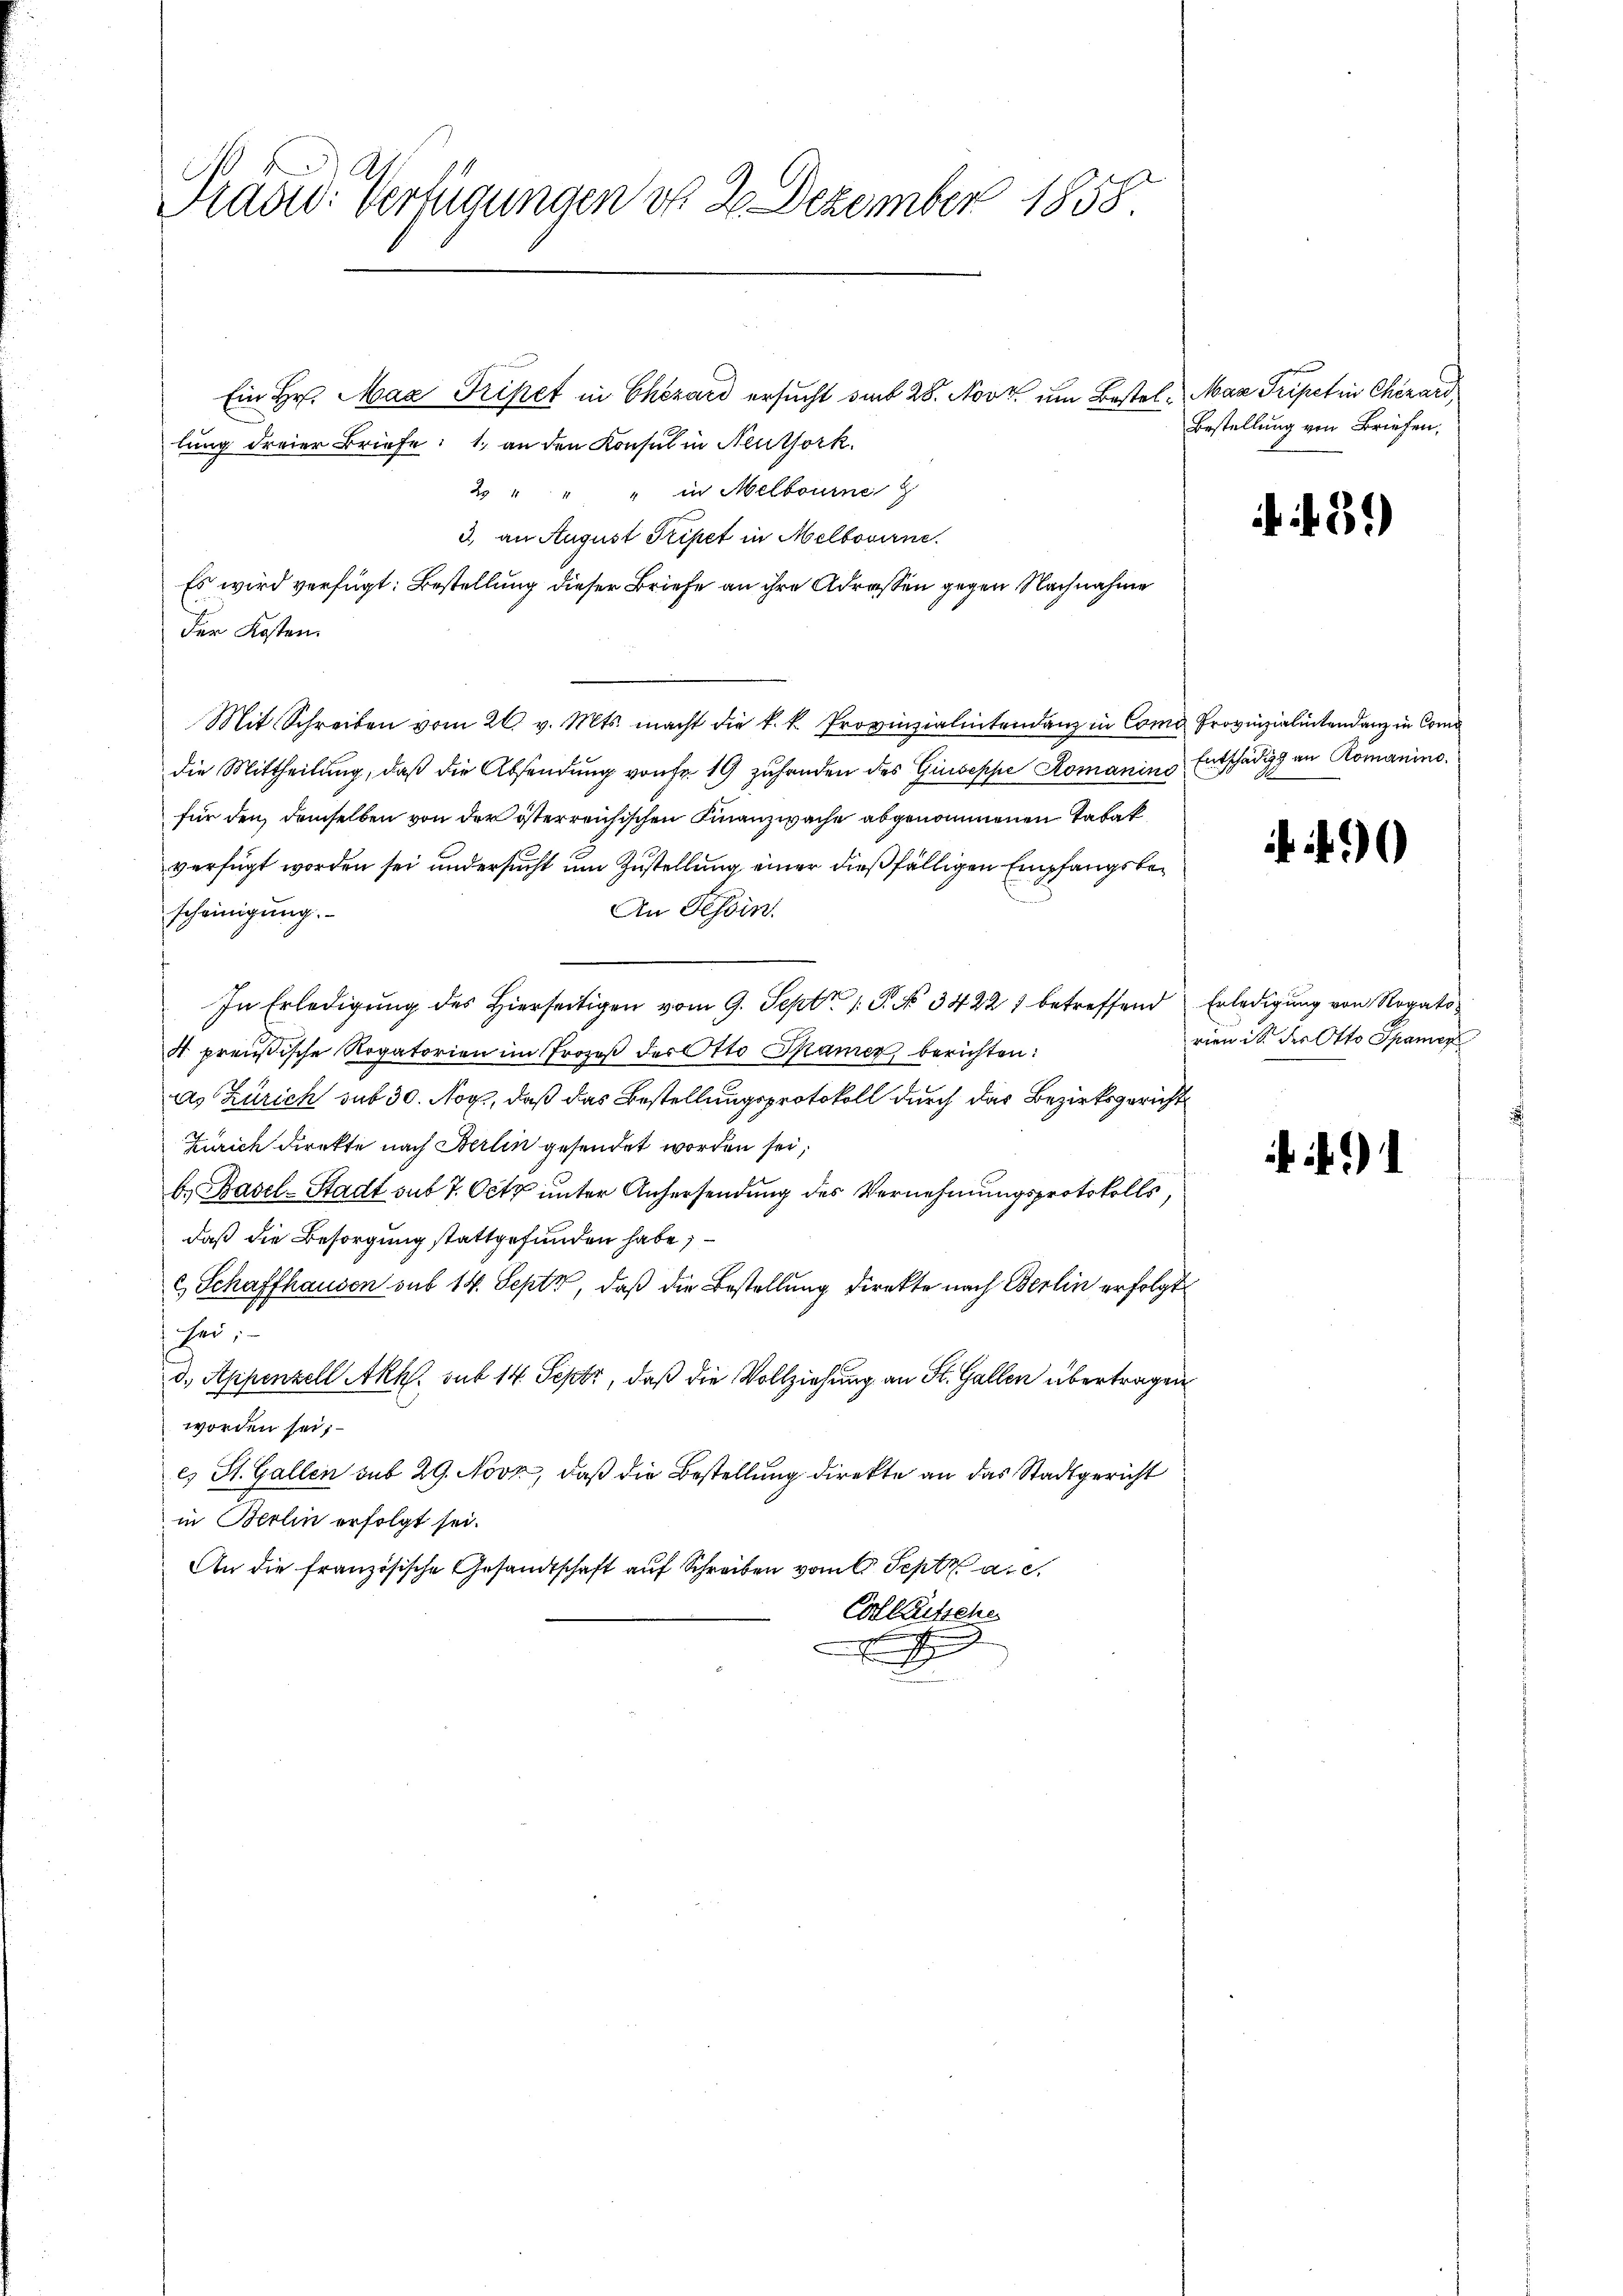
Präsid. Verfügungen d. 2. Dezember 1858

Ein Hr. Max Tripet in Chezard ersucht das 28. Nov. um Bestel. Max Tripet in Chirard,
lung dreier Briefe: 1. an den Konsul in Neuthork
2 " " " in Melbourne
3) an August Tripet in Melbovirne.
Es wird verfügt: Bestellung dieser Briefe an ihre Adressen gegen Nachnahme
der Kosten.
Mit Schreiben vom 26. v. Mts. macht die k. k. Provinzialintendenz in Como Provinzialitendenz in Com
die Mittheilung, daß die Absendung von fr. 19 zuhanden des Giuseppe Romanins Entschädig an Romanino.
für den, demselben von der österreichischen Finanzwache abgenommenen Tabak
verfügt worden sei und ersucht um Zustellung einer dießfälligen Empfangsbe¬
An Tessin.
scheinigung.
In Erledigung des Hierseitigen vom 9. Sept. 1 P. N. 34221 betreffend
A preußische Rogatorien im Prozeβ des Otto Spamer berichten:
as Zürich sub 30. Nov., daß das Bestellungsprotokoll durch das Bezirksgericht
Zürich direkte nach Berlin gesendet worden sei,
b. Basel-Stadt sub 7. Octo unter Anhersendung des Vernehmungsprotokolls,
daß die Besorgung stattgefunden habe;
c Schaffhausen sub 14. Sept, daß die Bestellung direkte nach Berlin erfolgt
1 sei,
d., Appenzell Akh. sub 14. Septz, daß die Vollziehung an St. Gallen übertragen.
worden sei;
es St. Gallen sub 29. Novz, daß die Bestellung direkte an das Stadtgericht
in Berlin erfolgt sei.
An die französische Gesandtschaft auf Schreiben vom 6. Sept. a. c.
Collaussche
E

Bestellung von Briefen,

f 30

490

Erledigung von Rogato
rien ist der Otto Spanier

if. 91